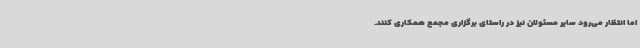
اما انتظار می‌رود سایر مسئولان نیز در راستای برگزاری مجمع همکاری کنند.